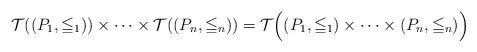
LaTeX: \begin{align*}\mathcal T ((P_1, \leqq_1) ) \times \cdots \times \mathcal T ((P_n,\leqq_n)) = \mathcal T \Bigl((P_1, \leqq_1) \times \cdots \times (P_n,\leqq_n) \Bigr ) \end{align*}